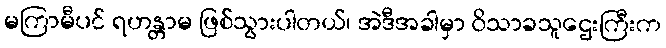
မကြာမီပင် ရဟန္တာမ ဖြစ်သွားပါတယ်၊ အဲဒီအခါမှာ ဝိသာခသူဌေးကြီးက